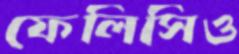
ফেলিসিও